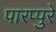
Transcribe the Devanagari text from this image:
पारप्पुरे